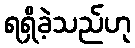
ရရှိခဲ့သည်ဟု